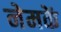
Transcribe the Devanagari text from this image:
नेमकें